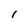
Character: r